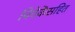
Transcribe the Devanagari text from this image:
विवेकेंसहित